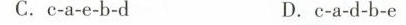
C. c-a-e-b-d D. c-a-d-b-e